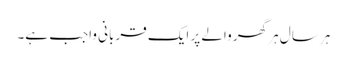
ہر سال ہر گھر والے پر ایک قربانی واجب ہے۔